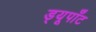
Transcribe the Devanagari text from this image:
ड्यूपाँट